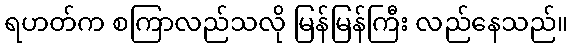
ရဟတ်က စကြာလည်သလို မြန်မြန်ကြီး လည်နေသည်။